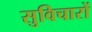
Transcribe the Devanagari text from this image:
सुविचारों